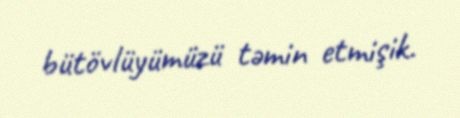
bütövlüyümüzü təmin etmişik.